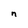
Character: n